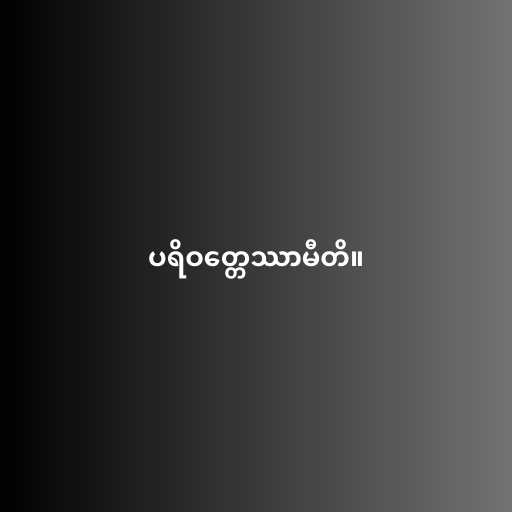
ပရိဝတ္တေဿာမီတိ။